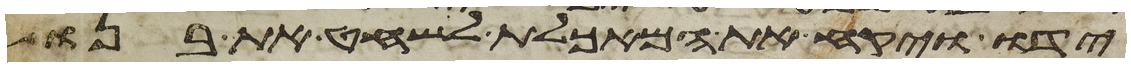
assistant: ידו ויקח את המאכלת לשחט את בנו